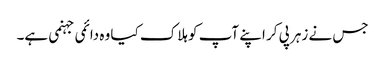
جس نے زہر پی کر اپنے آپ کو ہلاک کیا وہ دائمی جہنمی ہے۔